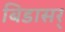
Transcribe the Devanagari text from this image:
बिडासर्